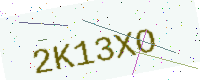
Text: 2K13XO